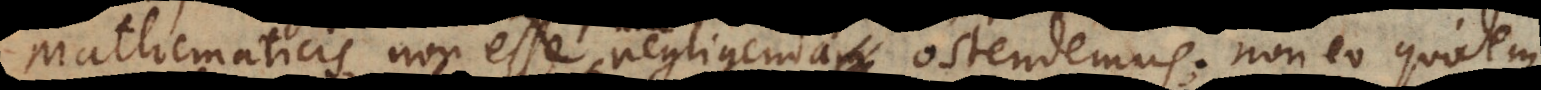
Mathematicis non esse negligenda ostendemus; non eo quidem